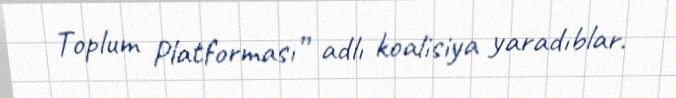
Toplum Platforması” adlı koalisiya yaradıblar.